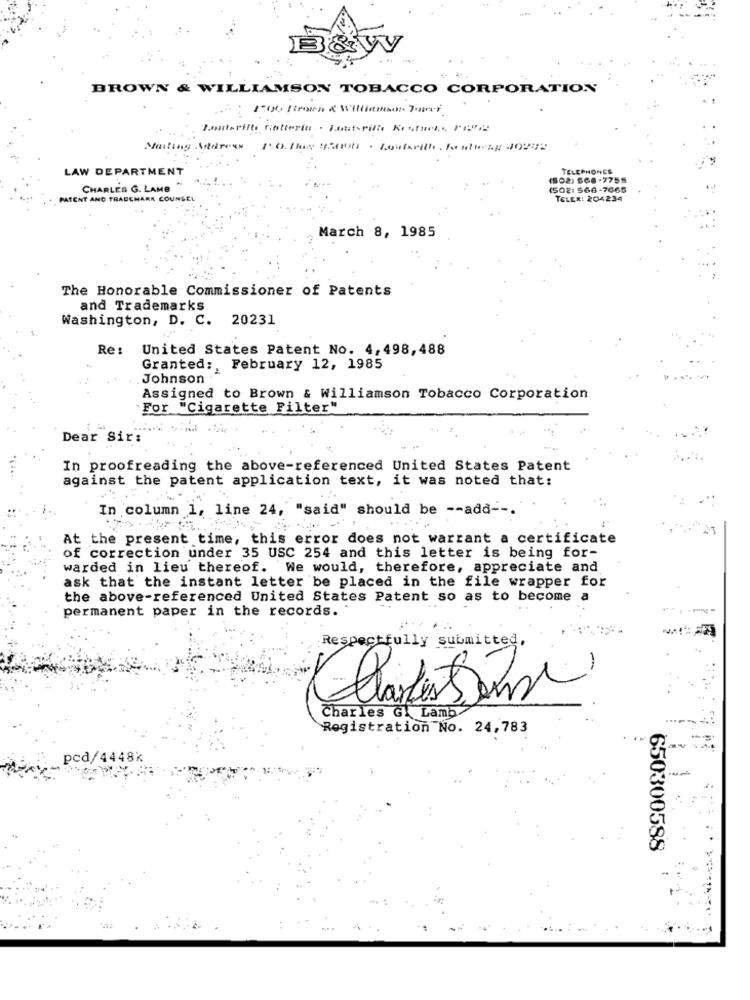
&yV
BROWN & WILLIAMSON TOBACCO CORPORATION
Posterilts riotteria . Lautorille Rostuche, PUR
Mailing Address 1.0. This gonuts · Loutarith. Fosteby 30282
LAW DEPARTMENT
TELEPHONES
(02) 668-7755
CHARLES G. LAMB
(5021 566-7665
PATENT AND TRADEMARK COUNSEL
TELEX: 204234
March 8, 1985
The Honorable Commissioner of Patents
and Trademarks
Washington, D. C. 20231
Re: United States Patent No. 4,498,488
Granted :, February 12, 1985
Johnson.
Assigned to Brown & Williamson Tobacco Corporation
For "Cigarette Filter"
Dear Sir:
In proofreading the above-referenced United States Patent
against the patent application text, it was noted that:
In column 1, line 24, "said" should be -- add --.
At the present time, this error does not warrant a certificate
of correction under 35 USC 254 and this letter is being for-
warded in lieu thereof. We would, therefore, appreciate and
ask that the instant letter be placed in the file wrapper for
the above-referenced United States Patent so as to become
permanent paper in the records.
Respectfully submitted,
Charles G. Lamb/
....
Registration No. 24,783
pcd/4448K
650300588